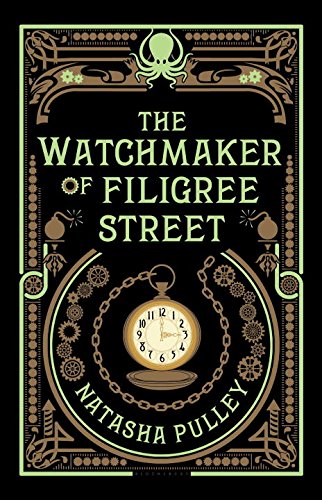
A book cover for The Watchmaker of Filigree Street; Natasha Pulley; Science Fiction & Fantasy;